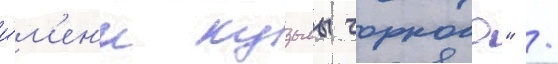
и́м'ен'и кузьмы чорного" /